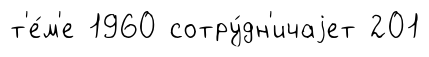
т'е́м'е 1960 сотру́дн'ичаjет 201